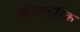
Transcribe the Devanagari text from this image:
खटस्फुरिक